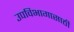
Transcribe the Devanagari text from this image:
उपविभागासाठी